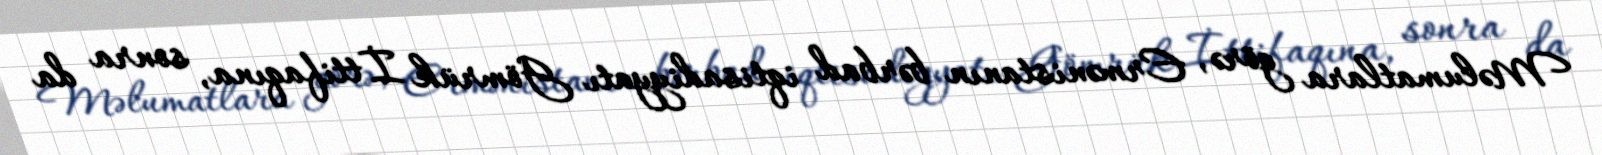
Məlumatlara görə, Ermənistanın bərbad iqtisadiyyatı Gömrük İttifaqına, sonra da